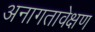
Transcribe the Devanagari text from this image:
अनागतावेक्षण